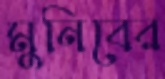
মুনিবের